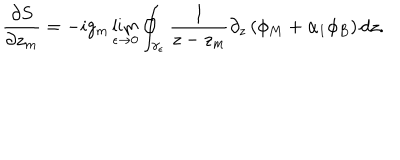
\frac { \partial S } { \partial z _ { m } } = - i g _ { m } \lim _ { \epsilon \rightarrow 0 } \oint _ { \gamma _ { \epsilon } } \frac { 1 } { z - z _ { m } } \partial _ { z } \left( \phi _ { M } + \alpha _ { 1 } \phi _ { B } \right) d z .